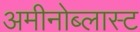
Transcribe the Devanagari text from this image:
अमीनोब्लास्ट